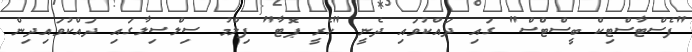
"ފެސްޓާސްޓިކް ބީސްޓްސް" ގައި ދައްކުވައި ދެނީ "ހެރީ ޕޮޓާ" ފިލްމު ސިލްސިލާގައި ދައްކުވައިދިން